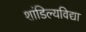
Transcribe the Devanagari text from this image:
शांडिल्यविद्या